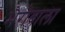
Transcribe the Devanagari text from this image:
भैरोबाला